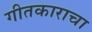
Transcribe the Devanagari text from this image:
गीतकाराचा